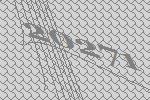
20271